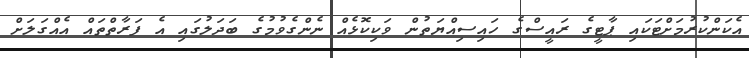
އެކަންކުރުމަށްޓަކައި ޕާޓީގެ ރައީސްގެ ހައިސިއްޔަތުން ވަކިކޮޅެއް ނެންގެވުމުގެ ބަދަލުގައި އެ ފަރާތްތައް އެއްގަލަށް